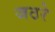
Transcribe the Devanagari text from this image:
जठरे